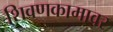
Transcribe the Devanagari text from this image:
शिवणकामावर